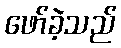
ဖော်ခဲ့သည်